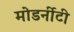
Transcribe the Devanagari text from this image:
मोडर्नीटी